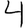
Digit: 4